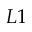
L 1